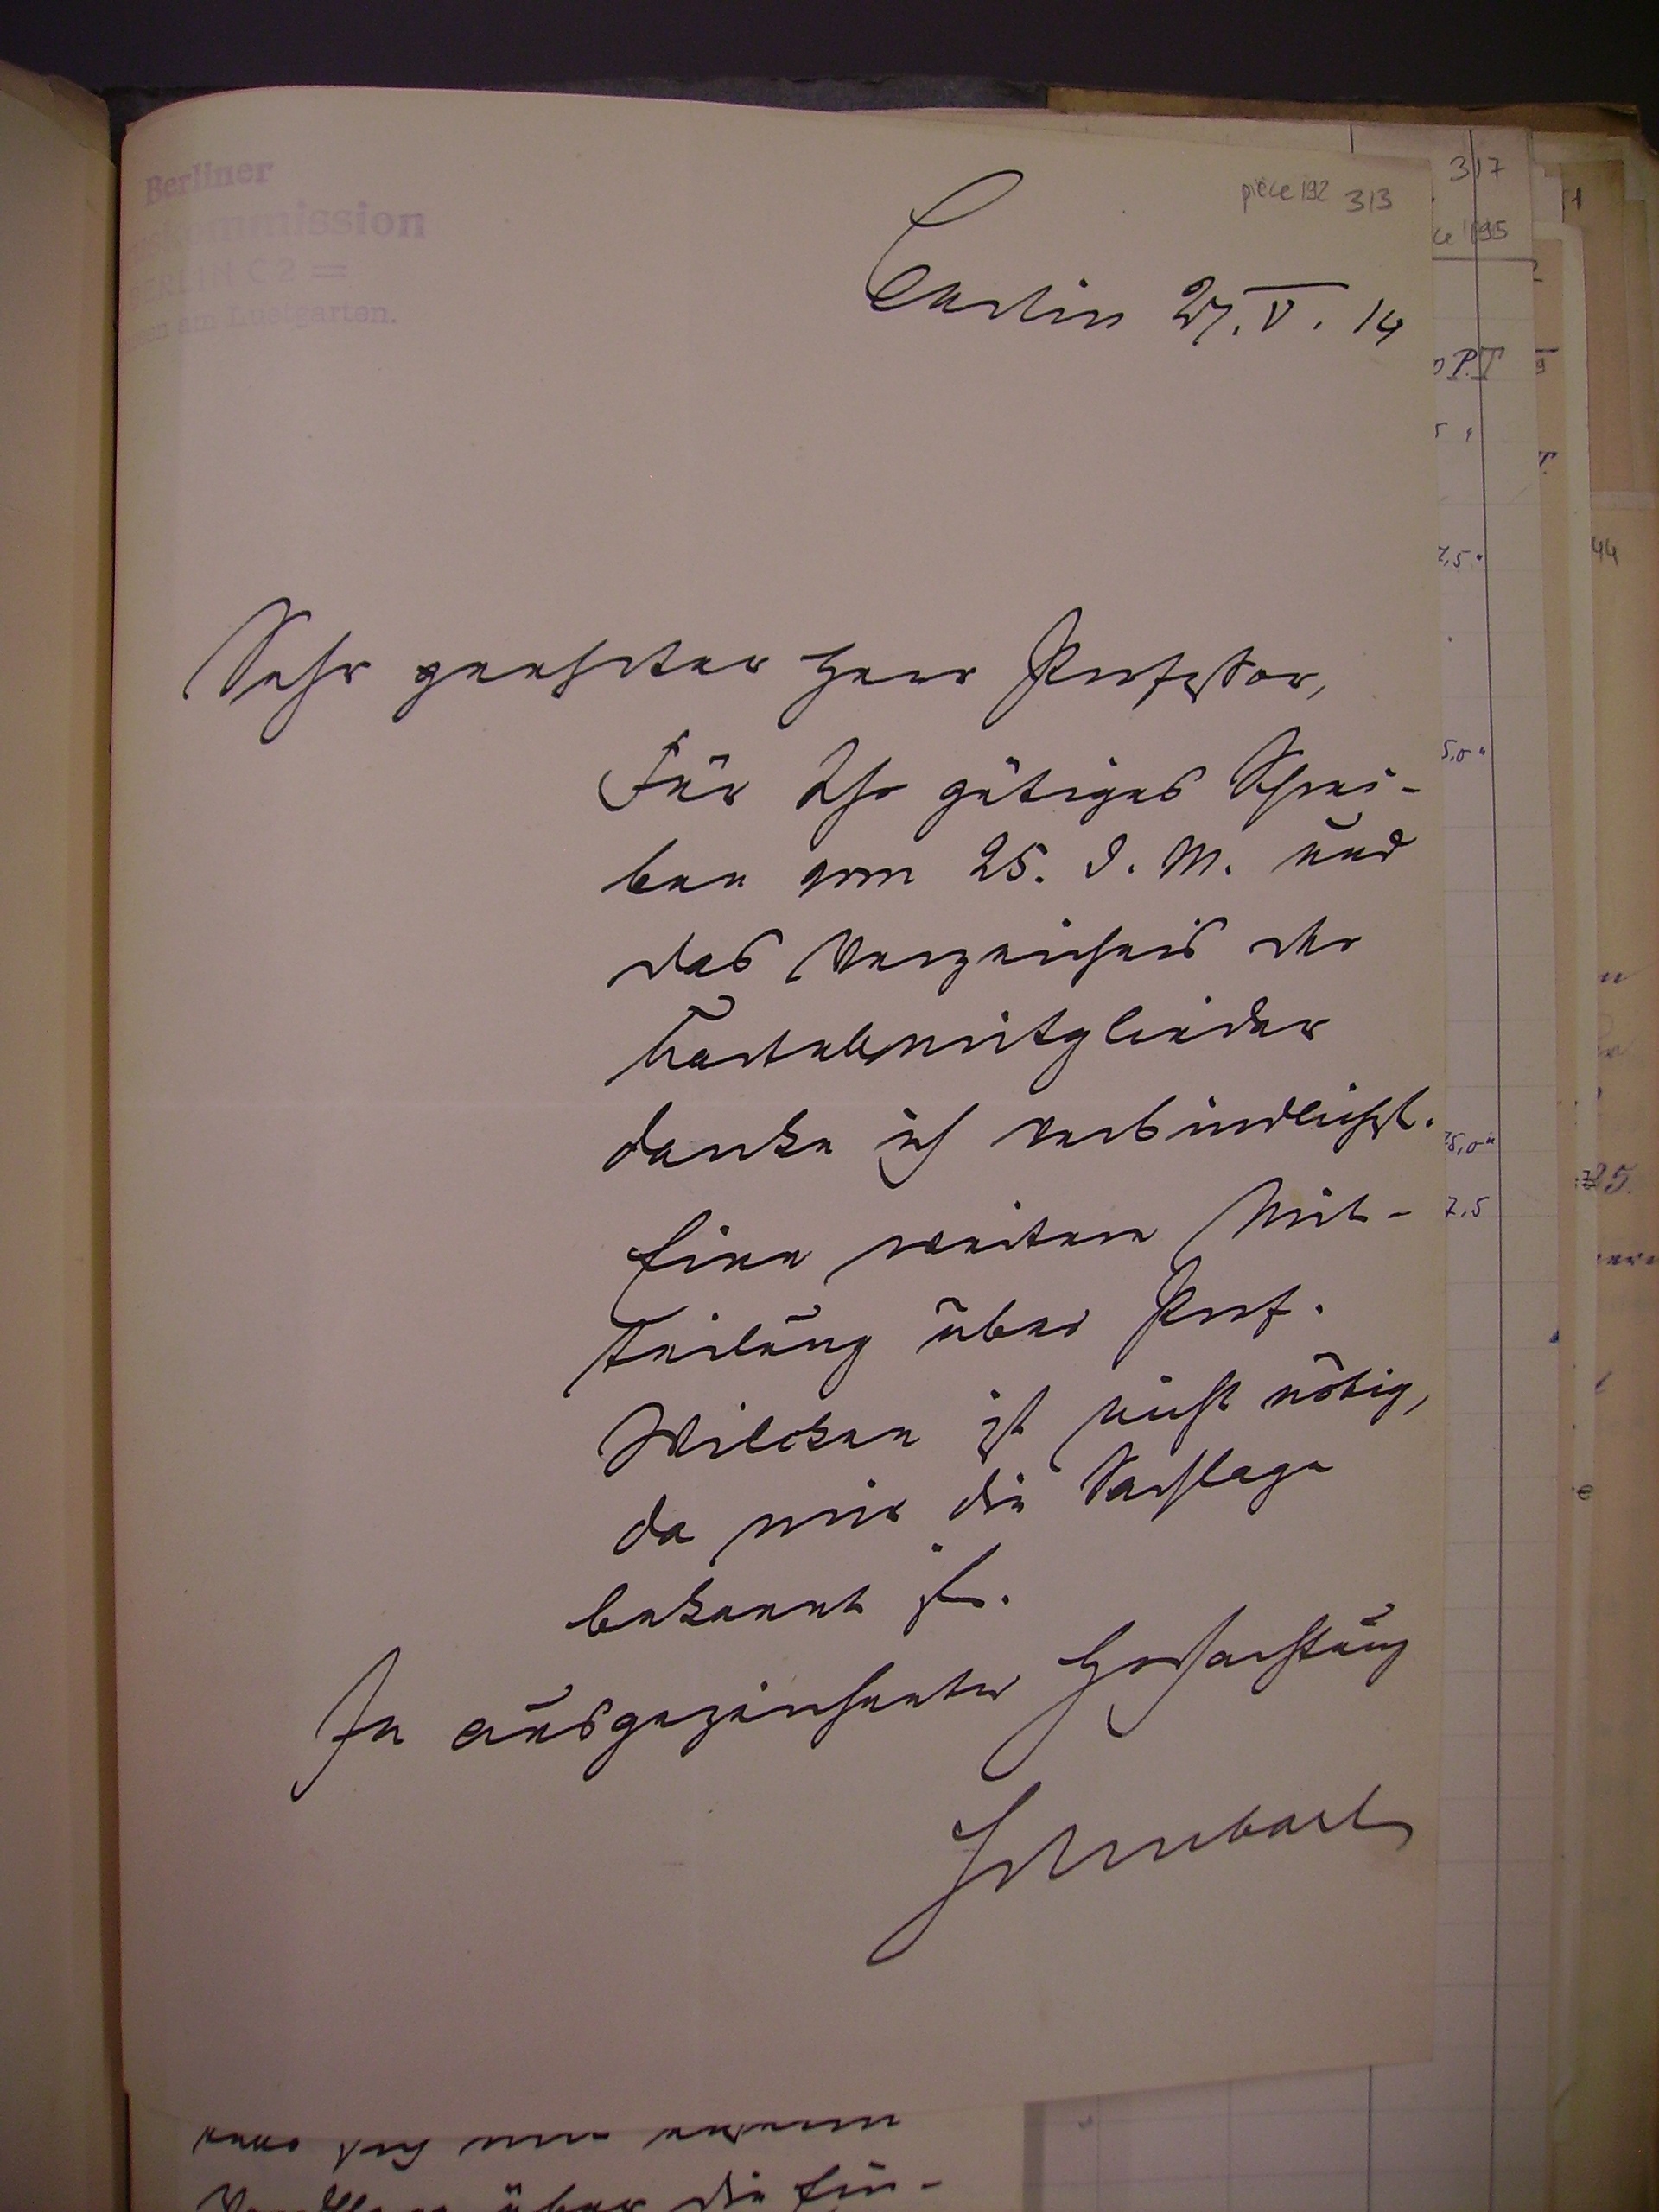
Berlin 27.V.14
Sehr geehrter Herr Profeßor,
für Ihr gütiges schrei¬
ben vom 25.d.M. und
das Verzeichnis der
Kartellmitglieder
danke ich verbindlichst.
eine weitere Mit¬
teilung über Prof.
wilkcen ist nicht nötig,
da mir die Sachlage
bekannt ist.
In ausgezeichneter Hochachtung
schubart